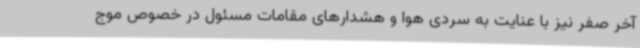
آخر صفر نیز با عنایت به سردی هوا و هشدارهای مقامات مسئول در خصوص موج